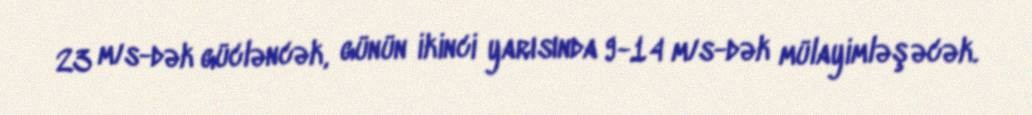
23 m/s-dək gücləncək, günün ikinci yarısında 9-14 m/s-dək mülayimləşəcək.